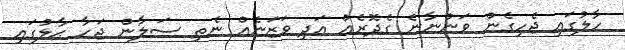
ހާލުގައި ޖެހިގެން ވަންނާނެ ގެދޮރެއް އަދި ވަޒަނެއް ނެތި ސަލާން ޖަހާ ޙާލުގައި